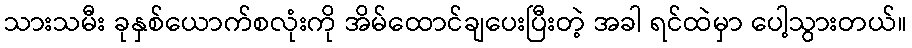
သားသမီး ခုနှစ်ယောက်စလုံးကို အိမ်ထောင်ချပေးပြီးတဲ့ အခါ ရင်ထဲမှာ ပေါ့သွားတယ်။